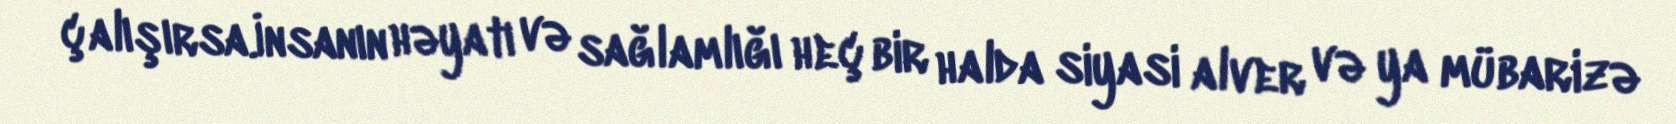
çalışırsa.İnsanın həyatı və sağlamlığı heç bir halda siyasi alver və ya mübarizə